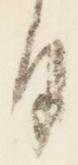
日